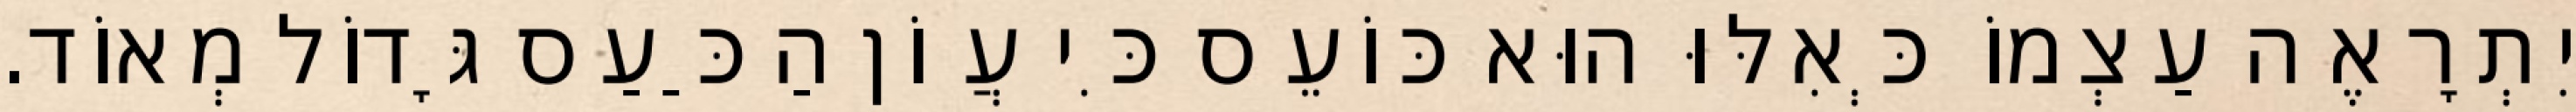
יִתְרָאֶה עַצְמוֹ כְּאִלּוּ הוּא כּוֹעֵס כִּי עֲוֹן הַכַּעַס גָּדוֹל מְאוֹד.